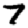
Digit: 7